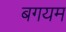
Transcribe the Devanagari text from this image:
बगयम